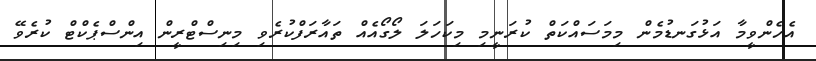
އެހެންވީމާ އަޅުގަނޑުމެން މިމަސައްކަތް ކުރަނީމި މިކަހަލަ ލޯގޯއެއް ތައާރަފްކުރެވި މިނިސްޓްރީން އިންސްޕެކްޓް ކުރެވޭ